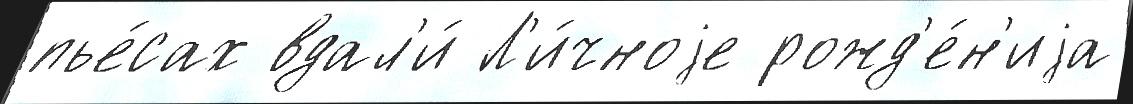
пье́сах вдал'и́ Л'и́чноjе рожд'е́н'иjа